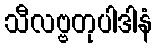
သီလဗ္ဗတုပါဒါနံ